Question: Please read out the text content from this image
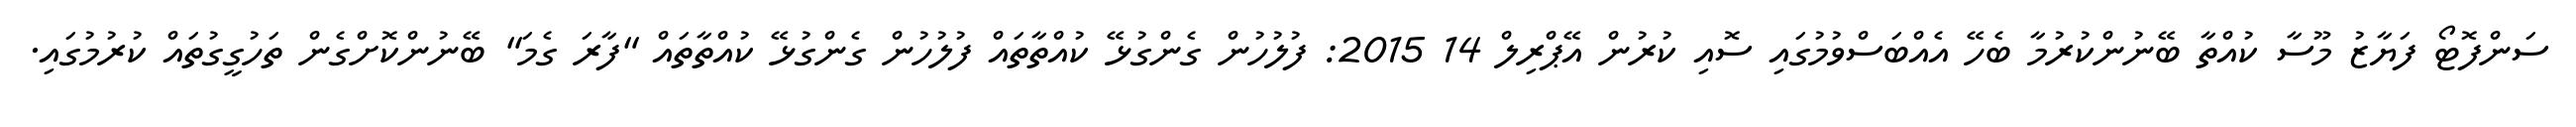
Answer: ސަންފޮޓޯ ފަޔާޒު މޫސާ ކުއްތާ ބޭނުންކުރުމާ ބެހޭ އެއްބަސްވުމުގައި ސޮއި ކުރުން އޭޕްރިލް 14 2015: ފުލުހުން ގެންގުޅޭ ކުއްތާތައް ފުލުހުން ގެންގުޅޭ ކުއްތާތައް "ފާރަ ގެމަ" ބޭނުންކޮށްގެން ތަހުގީގުތައް ކުރުމުގައި.